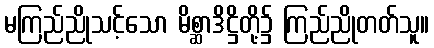
မကြည်ညိုသင့်သော မိစ္ဆာဒိဋ္ဌိတို့၌ ကြည်ညိုတတ်သူ။